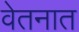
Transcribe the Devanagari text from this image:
वेतनात